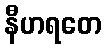
နီဟရတေ